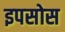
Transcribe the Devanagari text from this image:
इपसोस